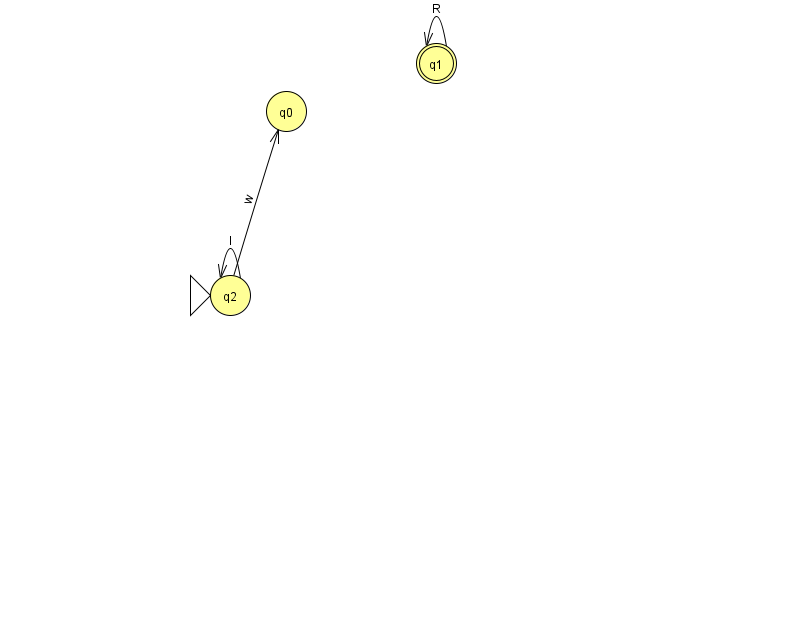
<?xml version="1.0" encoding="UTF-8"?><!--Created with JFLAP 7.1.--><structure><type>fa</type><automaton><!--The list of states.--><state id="0" name="q0"><x>286.0</x><y>98.0</y></state><state id="1" name="q1"><x>436.0</x><y>50.0</y><final/></state><state id="2" name="q2"><x>230.0</x><y>282.0</y><initial/></state><!--The list of transitions.--><transition><from>1</from><to>1</to><read>R</read></transition><transition><from>2</from><to>0</to><read>w</read></transition><transition><from>2</from><to>2</to><read>l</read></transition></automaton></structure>